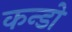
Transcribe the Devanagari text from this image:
कन्डो